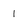
Character: l